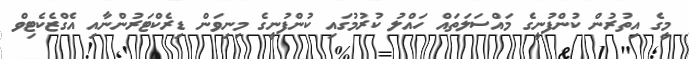
މީގެ އިތުރުން ކުންފުނީގެ މައްސަލަތައް ހައްލު ކުރުމުގައި ކުންފުނީގެ މިނިވަން ޑިރެކްޓަރުންނާއި އެގްޒެކެޓިވް